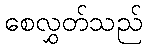
စေလွှတ်သည်